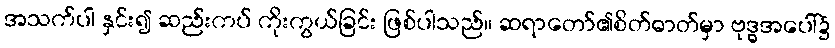
အသက်ပါ နှင်း၍ ဆည်းကပ် ကိုးကွယ်ခြင်း ဖြစ်ပါသည်။ ဆရာတော်၏စိတ်ဓာတ်မှာ ဗုဒ္ဓအပေါ်၌